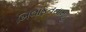
ખિલાફતનામહ